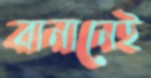
বানানেই